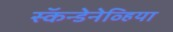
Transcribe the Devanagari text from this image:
स्कॅन्डेनेव्हिया